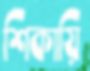
শিকায়ি